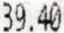
39.40